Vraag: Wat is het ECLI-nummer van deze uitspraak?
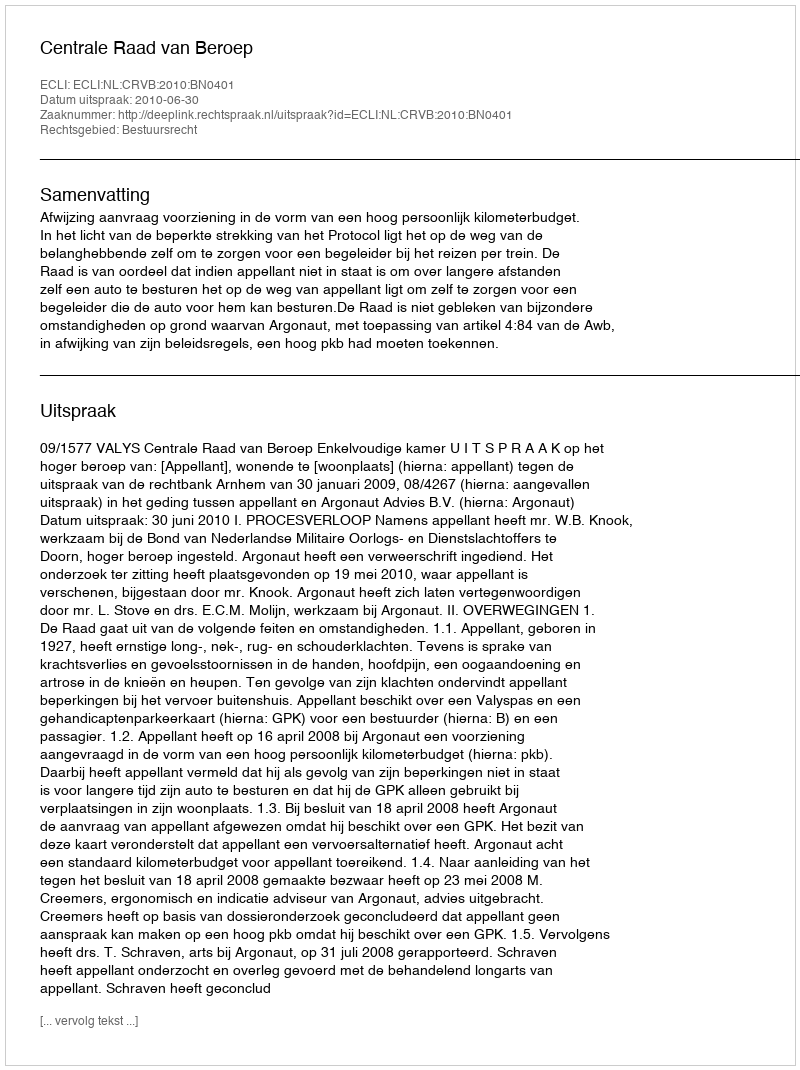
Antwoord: ECLI:NL:CRVB:2010:BN0401